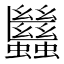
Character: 𧖀